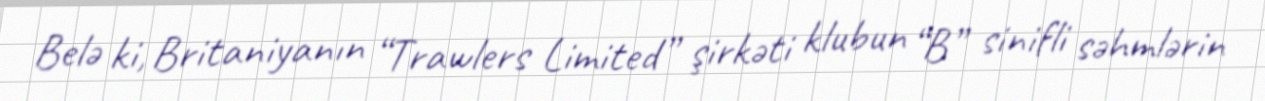
Belə ki, Britaniyanın “Trawlers Limited” şirkəti klubun “B” sinifli səhmlərin